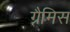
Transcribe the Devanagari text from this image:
ग्रैमिस